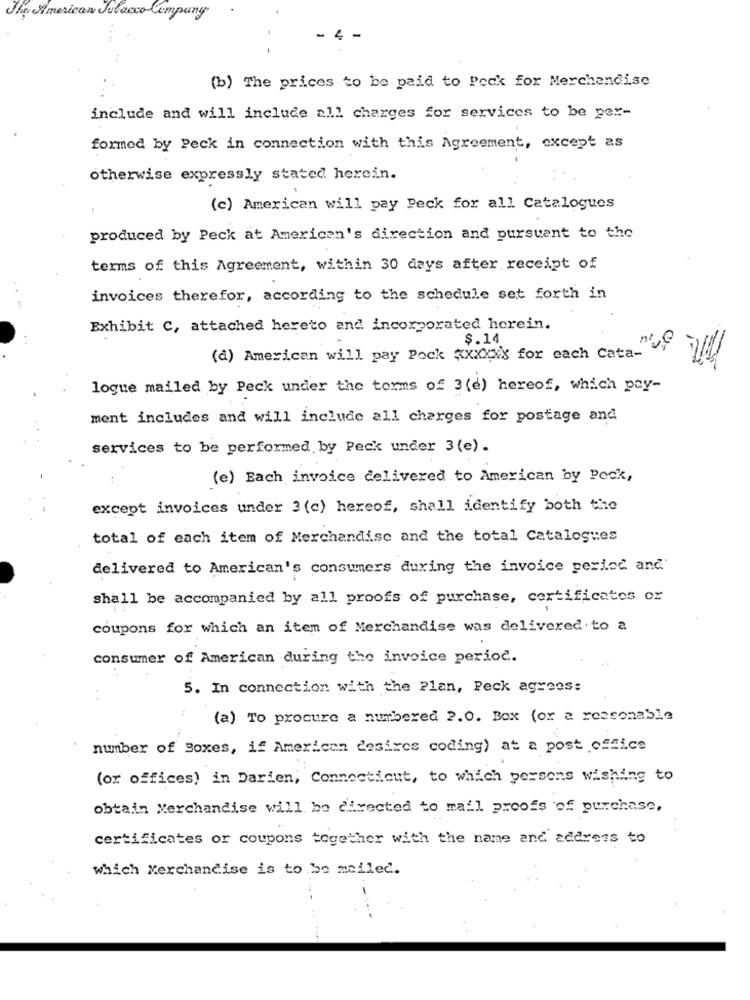
The American Tobacco Compa
- - -
(b) The prices to be paid to Peck for Merchandise
include and will include all charges for services to be per-
formed by Peck in connection with this Agreement, except as
otherwise expressly stated herein.
(c) American will pay Peck for all Catalogues
produced by Peck at American's direction and pursuant to the
terms of this Agreement, within 30 days after receipt of
invoices therefor, according to the schedule set forth in
Exhibit C, attached hereto and incorporated herein.
$.14
(d) American will pay Pock xxxxxx for each Cata-
logue mailed by Peck under the terms of 3(e) hereof, which pay-
ment includes and will include all charges for postage and
services to be performed by Peck under 3 (e).
(e) Each invoice delivered to American by Peck,
except invoices under 3 (c) hereof, shall identify both the
total of each item of Merchandise and the total Catalogues
delivered to American's consumers during the invoice period and
shall be accompanied by all proofs of purchase, certificates or
coupons for which an item of Merchandise was delivered to a
consumer of American during the invoice period.
5. In connection with the Plan, Peck agrees:
(a) To procure a numbered 2.0. Box (or a reasonable
number of Boxes, if American desires coding) at a post office
(or offices) in Darien, Connecticut, to which persons wishing to
obtain Merchandise will be directed to mall proofs of purchase.
certificates or coupons together with the name and address to
which Merchandise is to be mailed.